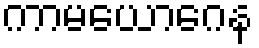
ကာမယောဂေန